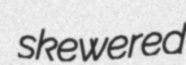
skewered